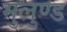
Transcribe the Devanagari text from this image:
मुलुण्ड